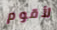
لأقوم